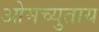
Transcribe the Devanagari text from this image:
ओमच्युताय